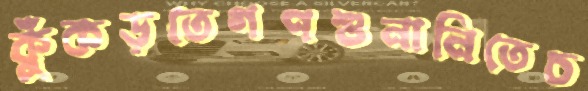
কুঁকড়তেগণশুনানিতেচ